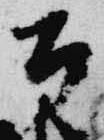
公